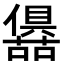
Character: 𭌛